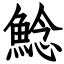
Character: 鯰